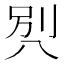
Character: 𰃡